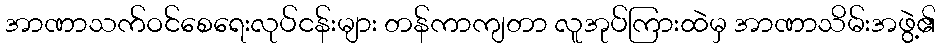
အာဏာသက်ဝင်စေရေးလုပ်ငန်းများ တန်ကာကျတာ လူအုပ်ကြားထဲမှ အာဏာသိမ်းအဖွဲ့၏